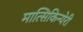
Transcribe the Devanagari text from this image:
मात्सिकिन्येरी